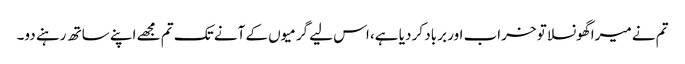
تم نے میرا گھونسلا تو خراب اور برباد کر دیا ہے، اس لیے گرمیوں کے آنے تک تم مجھے اپنے ساتھ رہنے دو۔